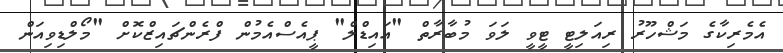
އެމެރިކާގެ މަޝްހޫރު ރިއަލިޓީ ޓީވީ ލަވަ މުބާރާތް "އައިޑްލް" ޕީއެސްއެމުން ފްރެންޗައިޒްކޮށް "މޯލްޑިވިއަން